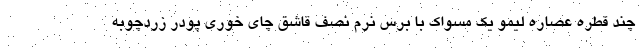
چند قطره عصاره لیمو یک مسواک با برس نرم نصف قاشق چای خوری پودر زردچوبه